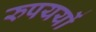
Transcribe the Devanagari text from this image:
रुपययों